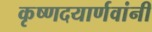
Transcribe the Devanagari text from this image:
कृष्णदयार्णवांनी